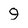
Character: 9